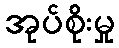
အုပ်စိုးမှု